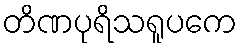
တိဏပုရိသရူပကေ